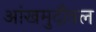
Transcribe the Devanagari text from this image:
आंखमुदौवल